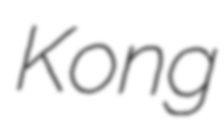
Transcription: Kong